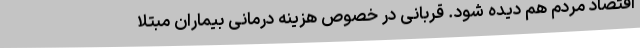
اقتصاد مردم هم دیده شود. قربانی در خصوص هزینه درمانی بیماران مبتلا